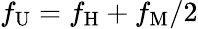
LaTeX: f_{\mathrm{U}}=f_{\mathrm{H}}+f_{\mathrm{M}}/2